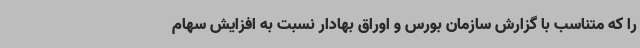
را که متناسب با گزارش سازمان بورس و اوراق بهادار نسبت به افزایش سهام